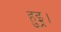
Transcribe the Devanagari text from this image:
हुइ्र।